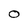
Character: O